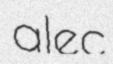
alec